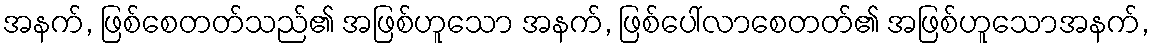
အနက်, ဖြစ်စေတတ်သည်၏ အဖြစ်ဟူသော အနက်, ဖြစ်ပေါ်လာစေတတ်၏ အဖြစ်ဟူသောအနက်,